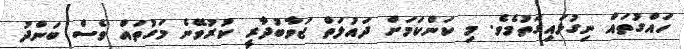
ހައްގުތައް ނިގުޅައިގަތުމެވެ. މި ކަންކަމަށް ދައުލަތް ޖަވާބުދާރީ ކުރުވޭނެ މަގުތައް ވެސް ބަންދު